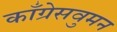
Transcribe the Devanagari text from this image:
काँग्रेसवुमन